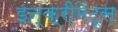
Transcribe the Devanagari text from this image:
इन्‍क्रीमेंट्‌स